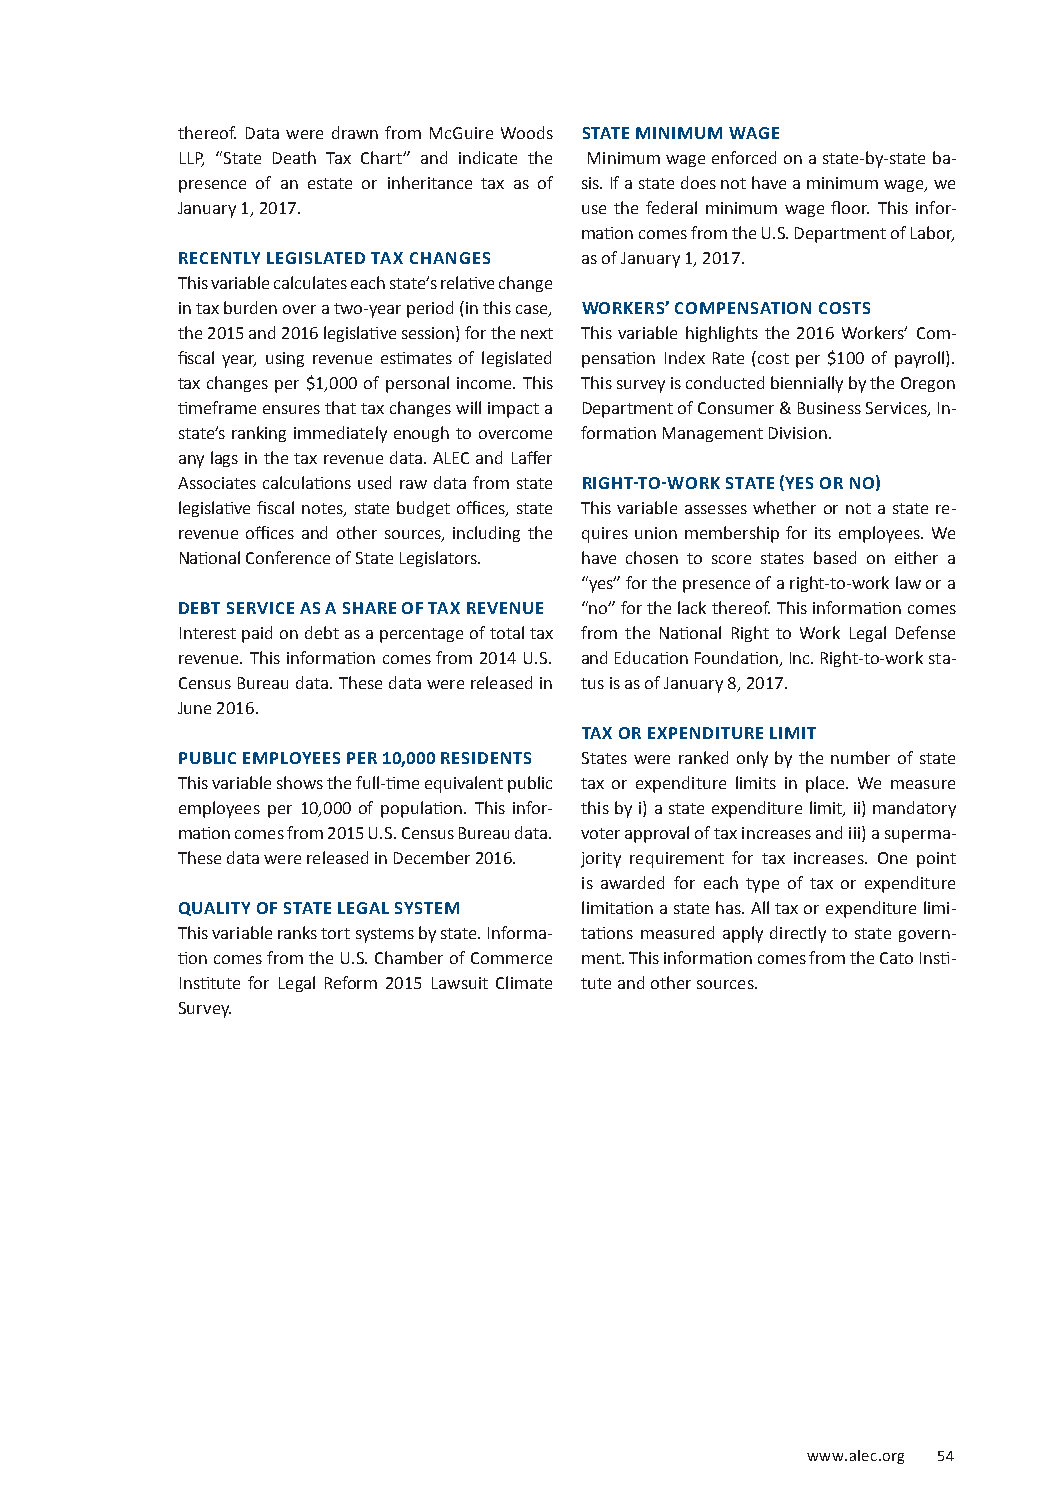
thereof. Data were drawn from McGuire Woods STATE MINIMUM WAGE
 LLP, “State Death Tax Chart” and indicate the Minimum wage enforced on a state-by-state ba-
 presence of an estate or inheritance tax as of sis. If a state does not have a minimum wage, we
 January 1, 2017.          use the federal minimum wage floor. This infor-
 mation comes from the U.S. Department of Labor,
 RECENTLY LEGISLATED TAX CHANGES as of January 1, 2017.
 This variable calculates each state’s relative change
 in tax burden over a two-year period (in this case, WORKERS’ COMPENSATION COSTS
 the 2015 and 2016 legislative session) for the next This variable highlights the 2016 Workers’ Com-
 fiscal year, using revenue estimates of legislated pensation Index Rate (cost per $100 of payroll).
 tax changes per $1,000 of personal income. This This survey is conducted biennially by the Oregon
 timeframe ensures that tax changes will impact a Department of Consumer & Business Services, In-
 state’s ranking immediately enough to overcome formation Management Division.
 any lags in the tax revenue data. ALEC and Laffer
 Associates calculations used raw data from state RIGHT-TO-WORK STATE (YES OR NO)
 legislative fiscal notes, state budget offices, state This variable assesses whether or not a state re-
 revenue offices and other sources, including the quires union membership for its employees. We
 National Conference of State Legislators. have chosen to score states based on either a
 “yes” for the presence of a right-to-work law or a
 DEBT SERVICE AS A SHARE OF TAX REVENUE “no” for the lack thereof. This information comes
 Interest paid on debt as a percentage of total tax from the National Right to Work Legal Defense
 revenue. This information comes from 2014 U.S. and Education Foundation, Inc. Right-to-work sta-
 Census Bureau data. These data were released in tus is as of January 8, 2017.
 June 2016.
 TAX OR EXPENDITURE LIMIT
 PUBLIC EMPLOYEES PER 10,000 RESIDENTS States were ranked only by the number of state
 This variable shows the full-time equivalent public tax or expenditure limits in place. We measure
 employees per 10,000 of population. This infor- this by i) a state expenditure limit, ii) mandatory
 mation comes from 2015 U.S. Census Bureau data. voter approval of tax increases and iii) a superma-
 These data were released in December 2016. jority requirement for tax increases. One point
 is awarded for each type of tax or expenditure
 QUALITY OF STATE LEGAL SYSTEM limitation a state has. All tax or expenditure limi-
 This variable ranks tort systems by state. Informa- tations measured apply directly to state govern-
 tion comes from the U.S. Chamber of Commerce ment. This information comes from the Cato Insti-
 Institute for Legal Reform 2015 Lawsuit Climate tute and other sources.
 Survey.
 wwwwww.a.alelecc.o.orgrg 1 5049